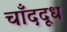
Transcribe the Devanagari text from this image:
चाँददूध